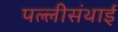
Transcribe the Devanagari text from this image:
पल्‍लीसंथाई